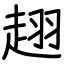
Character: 趐